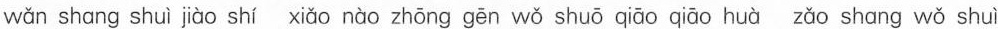
wǎn shang shuì jiào shí xiǎo nào zhōng gēn wǒ shuō qiāo qiāo huà zǎo shāng wǒ shuì